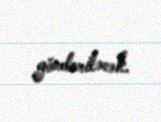
göndəriləcək.